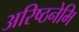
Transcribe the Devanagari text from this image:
अरिष्ठनेमि